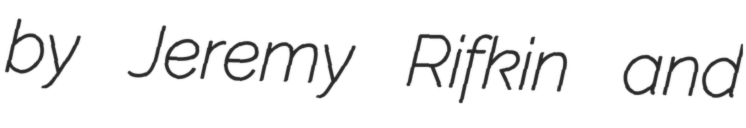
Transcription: by Jeremy Rifkin and